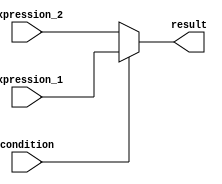
module conditional_operator(
    input wire condition,
    input wire [3:0] expression_1,
    input wire [3:0] expression_2,
    output reg [3:0] result
);

always @(*) begin
    result = condition ? expression_1 : expression_2;
end

endmodule